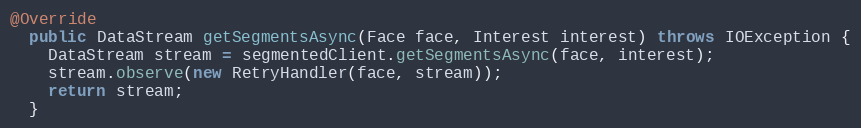
Language: Java
@Override
  public DataStream getSegmentsAsync(Face face, Interest interest) throws IOException {
    DataStream stream = segmentedClient.getSegmentsAsync(face, interest);
    stream.observe(new RetryHandler(face, stream));
    return stream;
  }